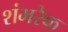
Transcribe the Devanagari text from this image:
शंभरेक